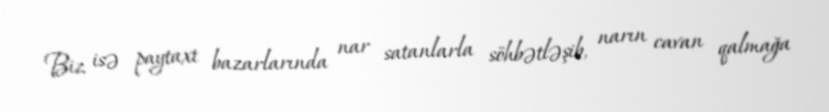
Biz isə paytaxt bazarlarında nar satanlarla söhbətləşib, narın cavan qalmağa